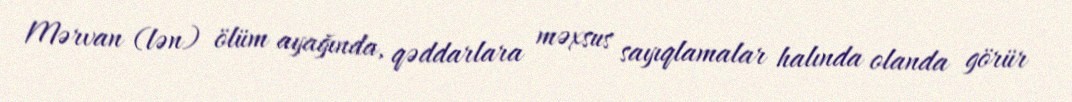
Mərvan (lən) ölüm ayağında, qəddarlara məxsus sayıqlamalar halında olanda görür